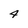
Character: 4